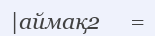
|аймақ2     =